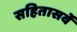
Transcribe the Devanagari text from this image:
सहितासर्वे